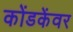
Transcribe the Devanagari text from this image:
कोंडकेंवर